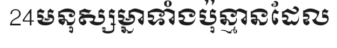
24មនុស្សម្នាទាំងប៉ុន្មានដែល